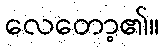
လေတော့၏။